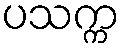
ပသက္က